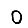
Digit: 0